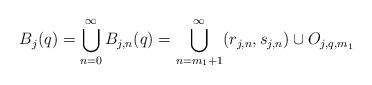
LaTeX: \begin{align*}B_{j}(q)=\bigcup_{n=0}^{\infty}B_{j, n}(q)=\bigcup_{n=m_{1}+1}^{\infty}(r_{j, n}, s_{j, n})\cup O_{j, q,m_1}\end{align*}